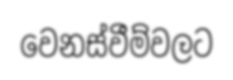
වෙනස්වීම්වලට